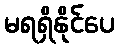
မရရှိနိုင်ပေ